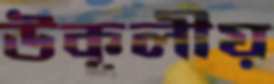
উকূলীয়